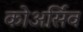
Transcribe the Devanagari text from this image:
कोअर्सिव